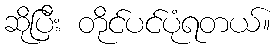
ဆိုပြီး တိုင်ပင်ပုံရတယ်။